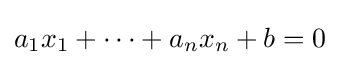
a_{1}x_{1}+\cdots +a_{n}x_{n}+b=0